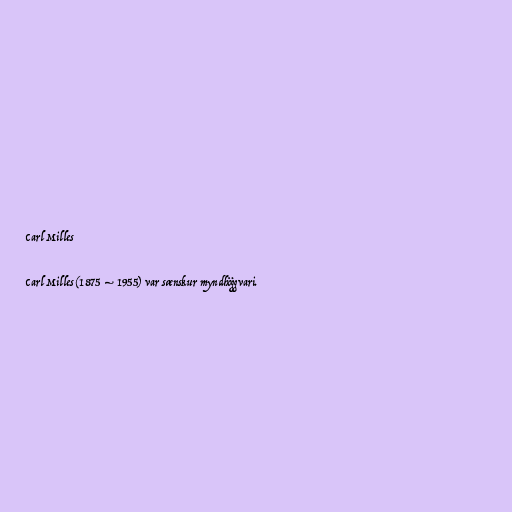
Carl Milles

Carl Milles (1875 – 1955) var sænskur myndhöggvari.